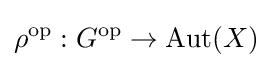
\rho ^{\mathrm {op} }:G^{\mathrm {op} }\to \mathrm {Aut} (X)